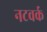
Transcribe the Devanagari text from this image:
नटवर्क